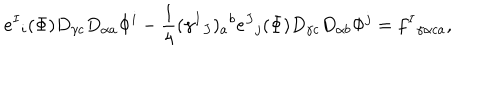
LaTeX: e ^ { I } { } _ { i } ( \Phi ) D _ { \gamma c } D _ { \alpha a } \Phi ^ { i } - { \frac { 1 } { 4 } } ( \gamma ^ { I } { } _ { J } ) _ { a } { } ^ { b } e ^ { J } { } _ { j } ( \Phi ) D _ { \gamma c } D _ { \alpha b } \Phi ^ { j } = f ^ { I } { } _ { \gamma \alpha c a } ,